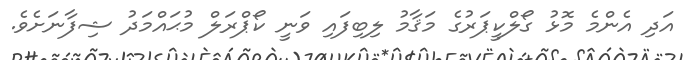
އަދި އެންމެ މޮޅު ގޯލްކީޕަރުގެ މަޤާމު ލިބިފައި ވަނީ ކޯޕްރަލް މުޙައްމަދު ޝިފާނަށެވެ.